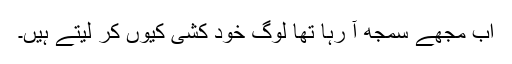
اب مجھے سمجھ آ رہا تھا لوگ خود کشی کیوں کر لیتے ہیں۔